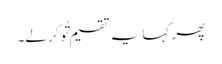
پھر کہا یہ تقسیم تُو کرلے۔